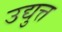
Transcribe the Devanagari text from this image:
उद्युत्त